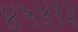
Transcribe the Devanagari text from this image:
४५४१३